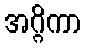
အဂ္ဂိကာ